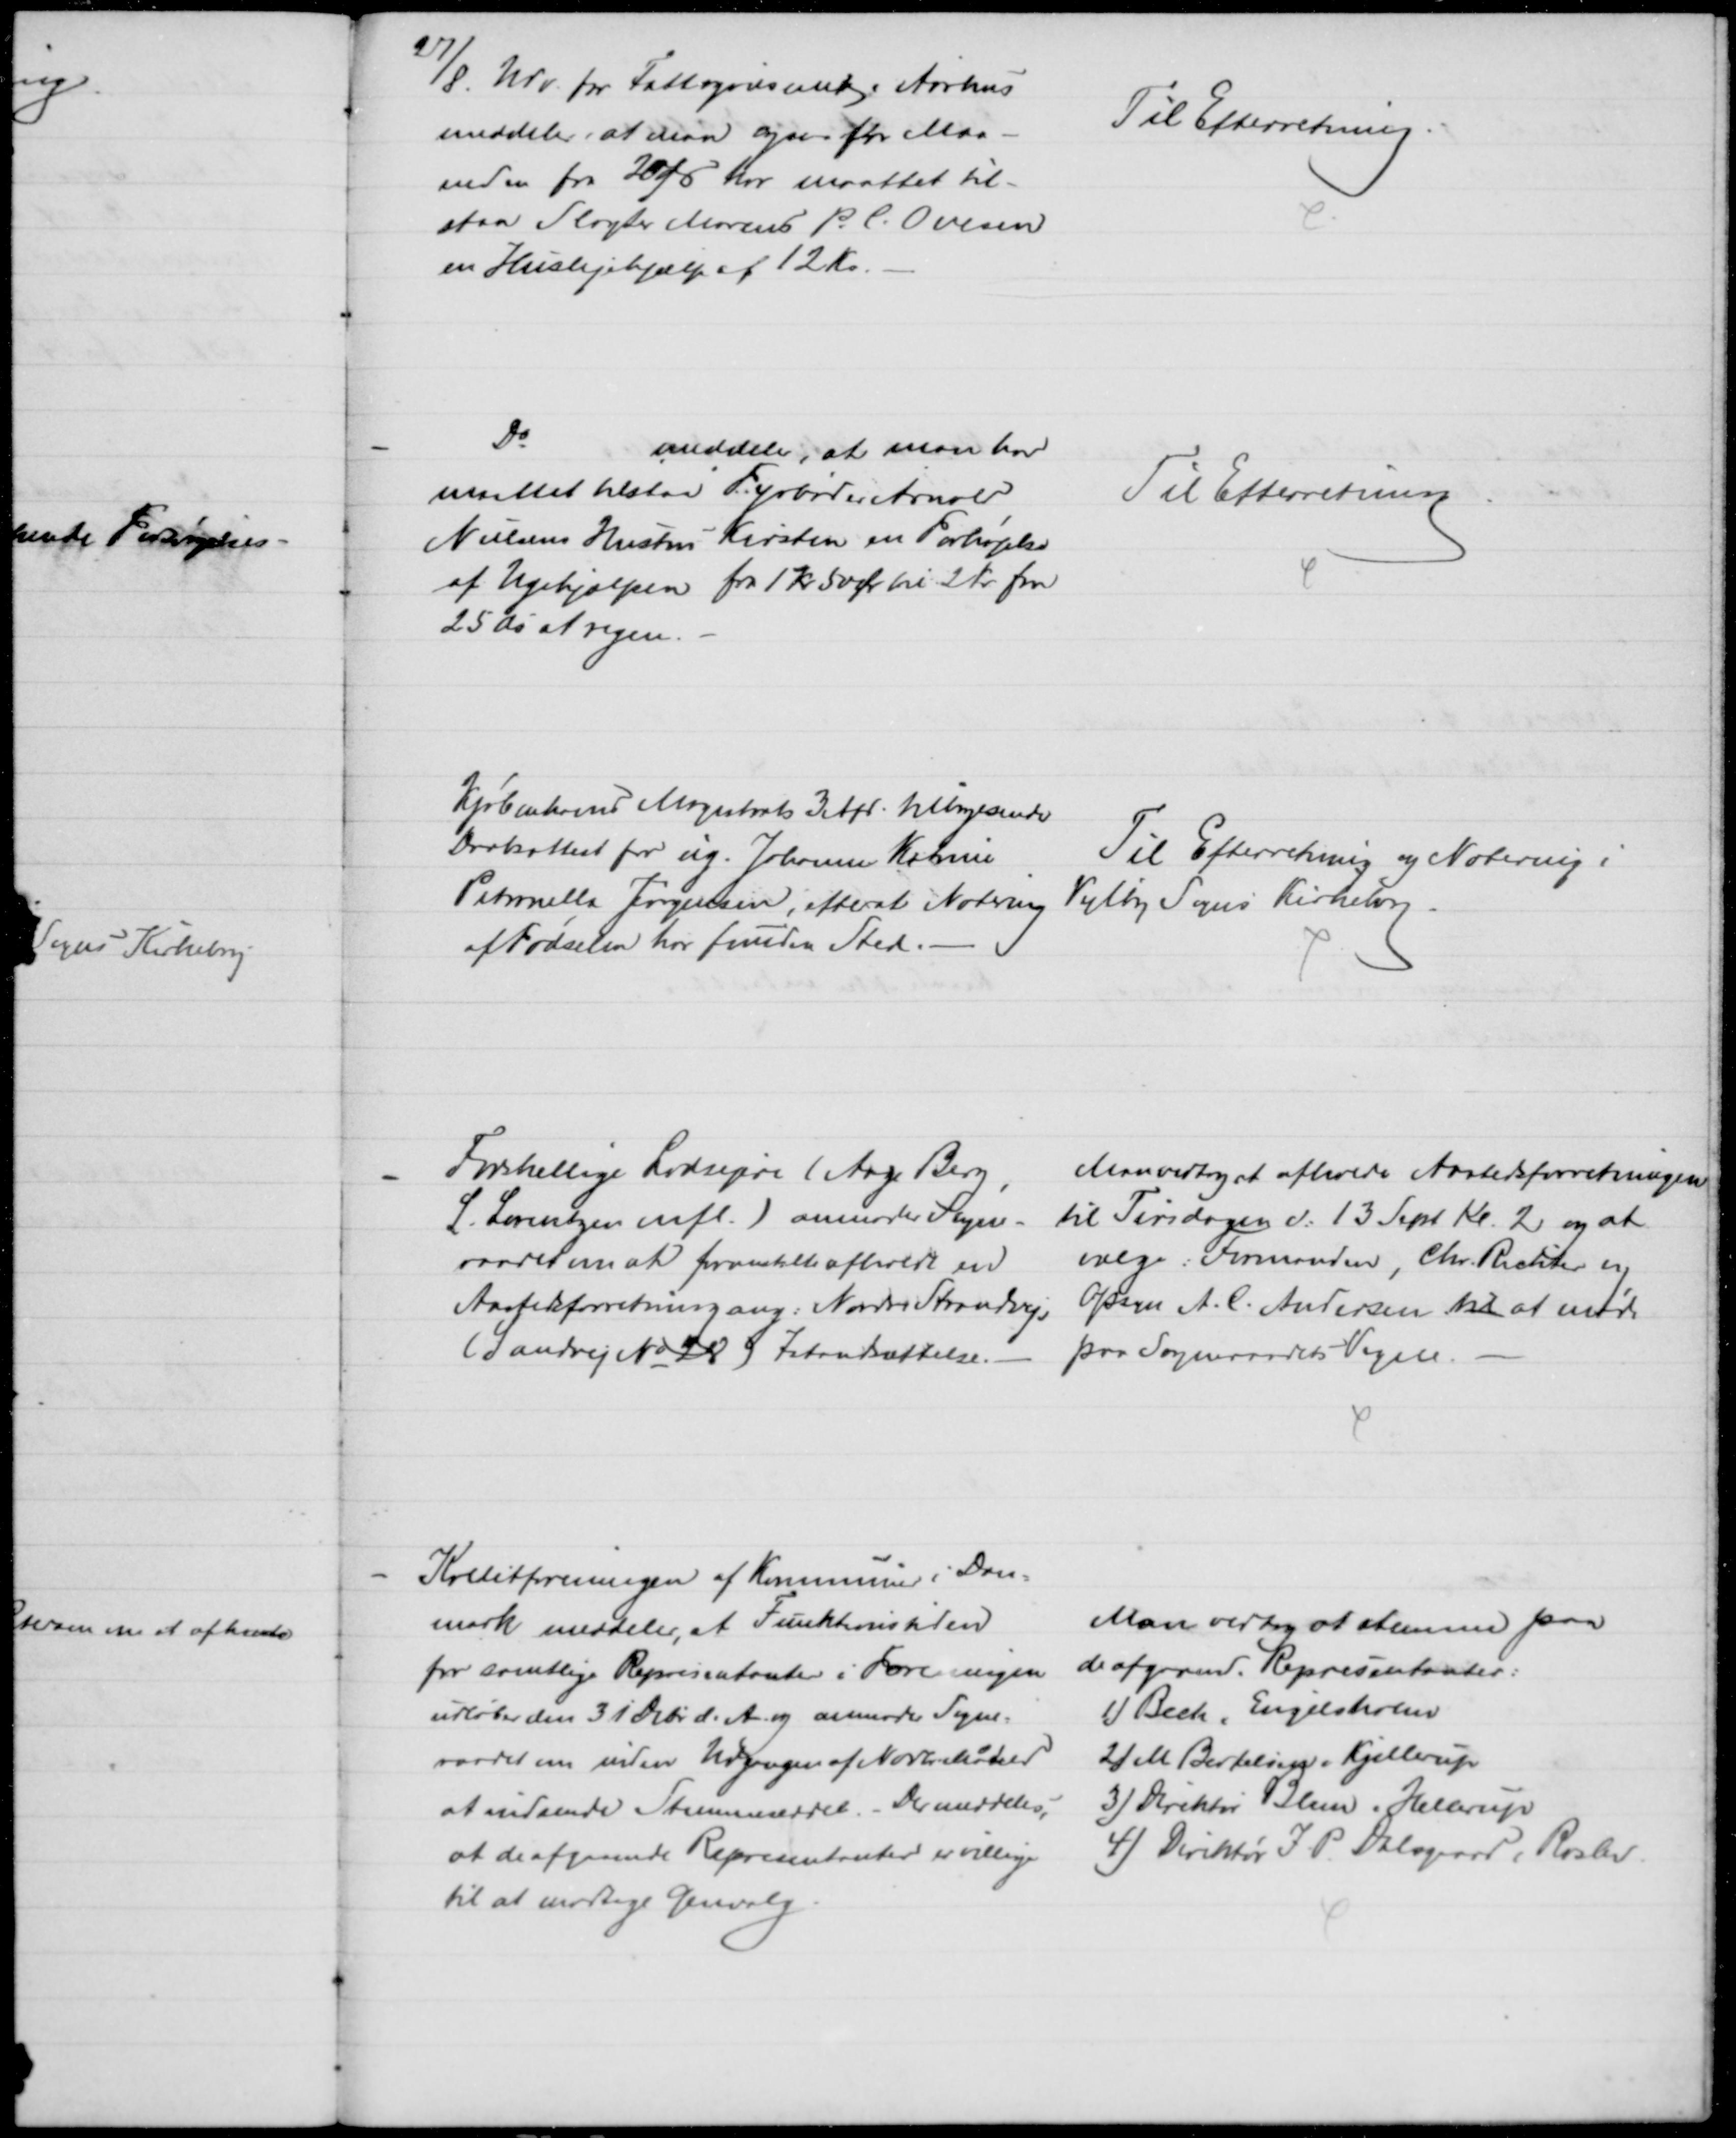
Transskription:
27/8. Udv. for Fattigvæsnet i Aarhus
meddeler, at man ogsaa for Maa-
neden fra 20/8 har maattet til-
staa Slagter Marius P. C. Ovesen
en Huslejehjælp af 12 Kr.
Til Efterretning
Do
meddeler, at man har
maattet tilstaa Fyrbøder Arnold
Nielsens Hustru Kirsten en Forhøjelse
af Ugehjælpen fra 1 kr 50 Ør pr 2 Kr fra
25 ds at regne.
Til Efterretning
Kjøbenhavns Magistrats 3 Afd. tilbagesender
Daabsattest for ug. Johanne Katrine
Petronella Jørgensen, efterat Notering
af Fødselen har funden Sted.
Til Efterretning og Notering i
Vejlby Sogns Kirkebog.
Forskellige Lodsejere (Aage Berg
,
L. Lorentzen mfl.) anmoder Sogne-
raadet om at foromtalte afholdt en
Aastedforretning ang. Nordre Strandvejs
(Sandvej № 28) Istandsættelse.
Man vedtog at afholde Aastedsforretningen
til Tirsdagen d: 13 Sept Kl. 2 og at 
vælge: Formanden, Chr. Richter og
Opsyn A. C. Andersen til at møde 
paa Sogneraadets Vegne.
Kreditforeningen af Kommuner i Dan-
mark meddeler, at Funktionstiden
for samtlige Representanter i Foreningen
udløber den 31 Debr. d. A. og anmoder Sogne-
raadet om inden Udgangen af Novbr Maaned
at indsende Stemmeseddel. - Der meddeles,
at de afgaaende Representanter er villige
til at modtage Genvalg
Man vedtog at stemme paa
de afgaaend. Representanter:
1) Bech. Engelsholm
2) M Bertelsen. Kjellerup
3) Direktør Blum. Hellerup
4) Direktør J. P. Dalsgaard, Roslev.